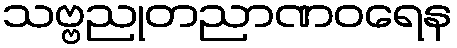
သဗ္ဗညုတညာဏဝရေန